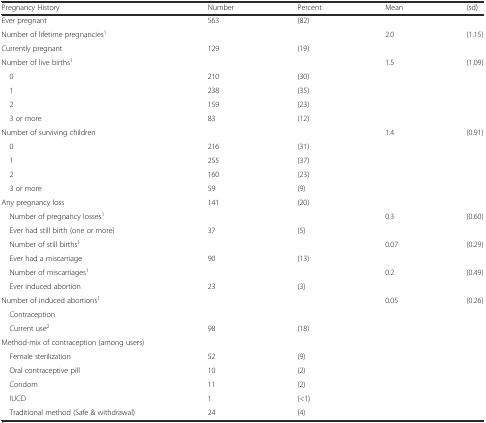
<table><thead><tr><td><b>Pregnancy History</b></td><td><b>Number</b></td><td><b>Percent</b></td><td><b>Mean</b></td><td><b>(sd)</b></td></tr></thead><tbody><tr><td>Ever pregnant</td><td>563</td><td>(82)</td><td></td><td></td></tr><tr><td>Number of lifetime pregnancies<sup>1</sup></td><td></td><td></td><td>2.0</td><td>(1.15)</td></tr><tr><td>Currently pregnant</td><td>129</td><td>(19)</td><td></td><td></td></tr><tr><td>Number of live births<sup>1</sup></td><td></td><td></td><td>1.5</td><td>(1.09)</td></tr><tr><td> 0</td><td>210</td><td>(30)</td><td></td><td></td></tr><tr><td> 1</td><td>238</td><td>(35)</td><td></td><td></td></tr><tr><td> 2</td><td>159</td><td>(23)</td><td></td><td></td></tr><tr><td> 3 or more</td><td>83</td><td>(12)</td><td></td><td></td></tr><tr><td>Number of surviving children</td><td></td><td></td><td>1.4</td><td>(0.91)</td></tr><tr><td> 0</td><td>216</td><td>(31)</td><td></td><td></td></tr><tr><td> 1</td><td>255</td><td>(37)</td><td></td><td></td></tr><tr><td> 2</td><td>160</td><td>(23)</td><td></td><td></td></tr><tr><td> 3 or more</td><td>59</td><td>(9)</td><td></td><td></td></tr><tr><td>Any pregnancy loss</td><td>141</td><td>(20)</td><td></td><td></td></tr><tr><td> Number of pregnancy losses<sup>1</sup></td><td></td><td></td><td>0.3</td><td>(0.60)</td></tr><tr><td> Ever had still birth (one or more)</td><td>37</td><td>(5)</td><td></td><td></td></tr><tr><td> Number of still births<sup>1</sup></td><td></td><td></td><td>0.07</td><td>(0.29)</td></tr><tr><td> Ever had a miscarriage</td><td>90</td><td>(13)</td><td></td><td></td></tr><tr><td> Number of miscarriages<sup>1</sup></td><td></td><td></td><td>0.2</td><td>(0.49)</td></tr><tr><td> Ever induced abortion</td><td>23</td><td>(3)</td><td></td><td></td></tr><tr><td>Number of induced abortions<sup>1</sup></td><td></td><td></td><td>0.05</td><td>(0.26)</td></tr><tr><td> Contraception</td><td></td><td></td><td></td><td></td></tr><tr><td> Current use<sup>2</sup></td><td>98</td><td>(18)</td><td></td><td></td></tr><tr><td>Method-mix of contraception (among users)</td><td></td><td></td><td></td><td></td></tr><tr><td> Female sterilization</td><td>52</td><td>(9)</td><td></td><td></td></tr><tr><td> Oral contraceptive pill</td><td>10</td><td>(2)</td><td></td><td></td></tr><tr><td> Condom</td><td>11</td><td>(2)</td><td></td><td></td></tr><tr><td> IUCD</td><td>1</td><td>(&lt;1)</td><td></td><td></td></tr><tr><td> Traditional method (Safe &amp; withdrawal)</td><td>24</td><td>(4)</td><td></td><td></td></tr></tbody></table>